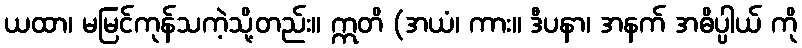
ယထာ၊ မမြင်ကုန်သကဲ့သို့တည်း။ ဣတိ (အယံ၊ ကား။ ဒီပနာ၊ အနက် အဓိပ္ပါယ် ကို